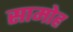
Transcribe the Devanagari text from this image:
सामोह